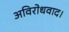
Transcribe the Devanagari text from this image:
अविरोधवाद।